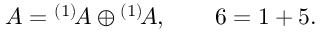
{ \cal A } = { } ^ { ( 1 ) } \! { \cal A } \oplus { } ^ { ( 1 ) } \! { \cal A } , \qquad 6 = 1 + 5 .